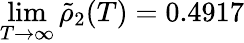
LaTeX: \operatorname*{lim}_{T\to\infty}\tilde{\rho}_{2}(T)=0.4917